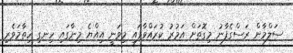
ސަލްމާން ރަސްގެފާނު މިގޮތަށް އަމުރު ކުރައްވާފައި މިވަނީ އިއްޔެ މިނާގައި ހިނގި ހިތާމަވެރި